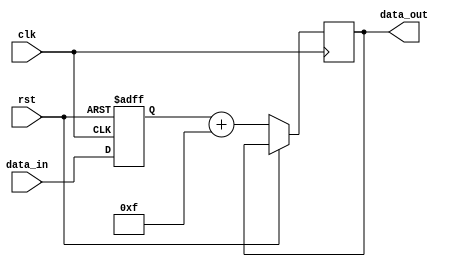
module ShiftAndAddRegister (
    input wire clk,
    input wire rst,
    input wire [7:0] data_in,
    output reg [7:0] data_out
);

reg [7:0] shift_reg;
reg [7:0] constant_value = 8'h0F; // constant value for addition

always @(posedge clk or posedge rst) begin
    if (rst) begin
        shift_reg <= 8'h00;
    end else begin
        shift_reg <= {shift_reg[6:0], data_in};
        data_out <= shift_reg + constant_value;
    end
end

endmodule